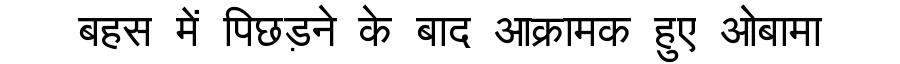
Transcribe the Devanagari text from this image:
बहस में पिछड़ने के बाद आक्रामक हुए ओबामा